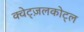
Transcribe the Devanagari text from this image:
क्वेट्ज़लकोट्ल